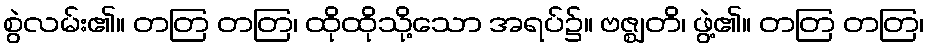
စွဲလမ်း၏။ တတြ တတြ၊ ထိုထိုသို့သော အရပ်၌။ ဗဇ္ဈတိ၊ ဖွဲ့၏။ တတြ တတြ၊